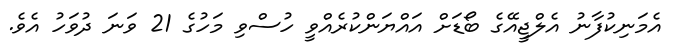
އެމަނިކުފާނު އެލްޖީއޭގެ ބޯޑަށް އައްޔަންކުރެއްވީ ހުސްވި މަހުގެ 21 ވަނަ ދުވަހު އެވެ.